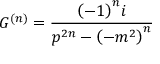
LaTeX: G ^ { \left( n \right) } = \frac { { \left( - 1 \right) } ^ { n } i } { p ^ { 2 n } - { \left( - m ^ { 2 } \right) } ^ { n } }